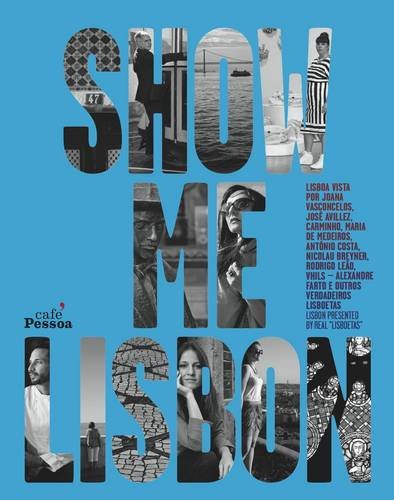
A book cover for Show Me Lisbon: Lisboetas Present Their City in a Book and Documentary Film; Rita Sousa Tavares; Travel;